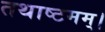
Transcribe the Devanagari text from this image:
तथाष्टमम्।